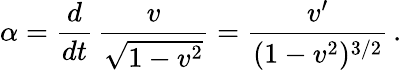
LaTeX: \alpha=\frac{d}{dt}\, \frac{v}{\sqrt{1-v^{2}}}=\frac{v^{\prime}}{(1-v^{2})^{3/2}}\, .